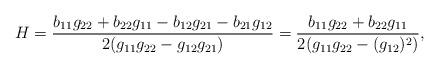
LaTeX: \begin{align*}H=\frac{b_{11}g_{22}+b_{22}g_{11}-b_{12}g_{21}-b_{21}g_{12}}{2(g_{11}g_{22}-g_{12}g_{21})}=\frac{b_{11}g_{22}+b_{22}g_{11}}{2(g_{11}g_{22}-(g_{12})^2)},\end{align*}